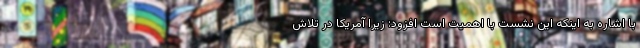
با اشاره به اینکه این نشست با اهمیت است افزود: زیرا آمریکا در تلاش